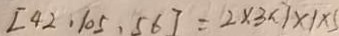
[ 4 2 , 1 0 5 , 5 6 ] = 2 \times 3 \times 7 \times 1 \times 5